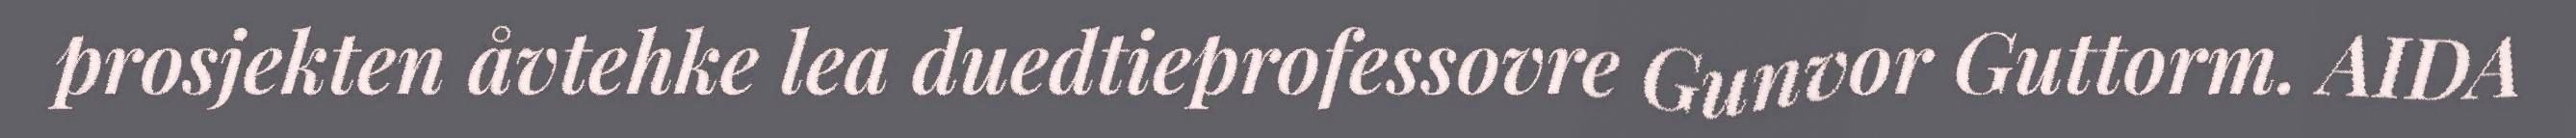
prosjekten åvtehke lea duedtieprofessovre Gunvor Guttorm. AIDA